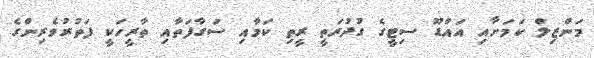
މަންޒިލް ކަމަށާއި އައްޑޫ ސިޓީގެ ގުދުރަތީ ރީތި ކަމާއި ސަގާފަތާއި ތާރީހަކީ ފަތުރުވެރިންގެ